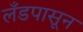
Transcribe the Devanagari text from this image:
लँडपासून